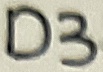
Text: D3